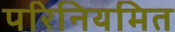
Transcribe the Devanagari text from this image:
परिनियमित